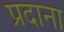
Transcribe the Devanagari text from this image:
प्रदाना